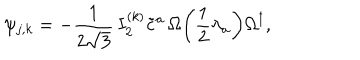
LaTeX: \psi _ { j , k } = - \frac { 1 } { 2 \sqrt { 3 } } \, I _ { 2 } ^ { ( k ) } \tilde { c } ^ { a } \, \Omega \! \left( \frac { 1 } { 2 } \lambda _ { a } \right) \! \Omega ^ { \dagger } ,